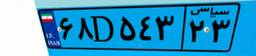
۱۵D۷۳۴۷۴